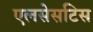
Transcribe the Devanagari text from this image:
एलसेसटिस